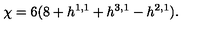
\chi = 6 ( 8 + h ^ { 1 , 1 } + h ^ { 3 , 1 } - h ^ { 2 , 1 } ) .